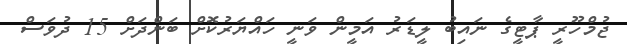
ޖުމްހޫރީ ޕާޓީގެ ނައިބު ލީޑަރު އަމީން ވަނީ ހައްޔަރުކޮށް ބަންދަށް 15 ދުވަސް